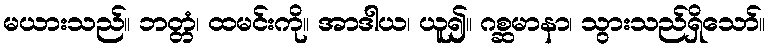
မယားသည်။ ဘတ္တံ၊ ထမင်းကို။ အာဒါယ၊ ယူ၍။ ဂစ္ဆမာနာ၊ သွားသည်ရှိသော်။